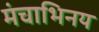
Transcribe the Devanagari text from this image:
मंचाभिनय